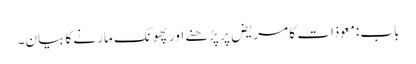
باب : معوذات کا مریض پر پڑھنے اور پھونک مارنے کا بیان۔